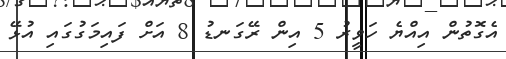
އެގޮތުން އިއްޔެ ހަވީރު 5 އިން ރޭގަނޑު 8 އަށް ފައިމަގުގައި އުޅޭ